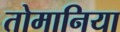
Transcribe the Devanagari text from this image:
तोमानिया